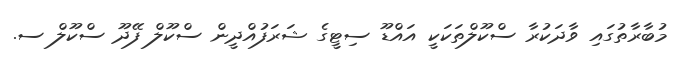
މުބާރާތުގައި ވާދަކުރާ ސްކޫލްތަކަކީ އައްޑޫ ސިޓީގެ ޝަރަފުއްދީން ސްކޫލް ފޭދޫ ސްކޫލް ސ.